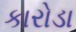
કારોડા